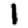
Digit: 1